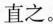
直之。